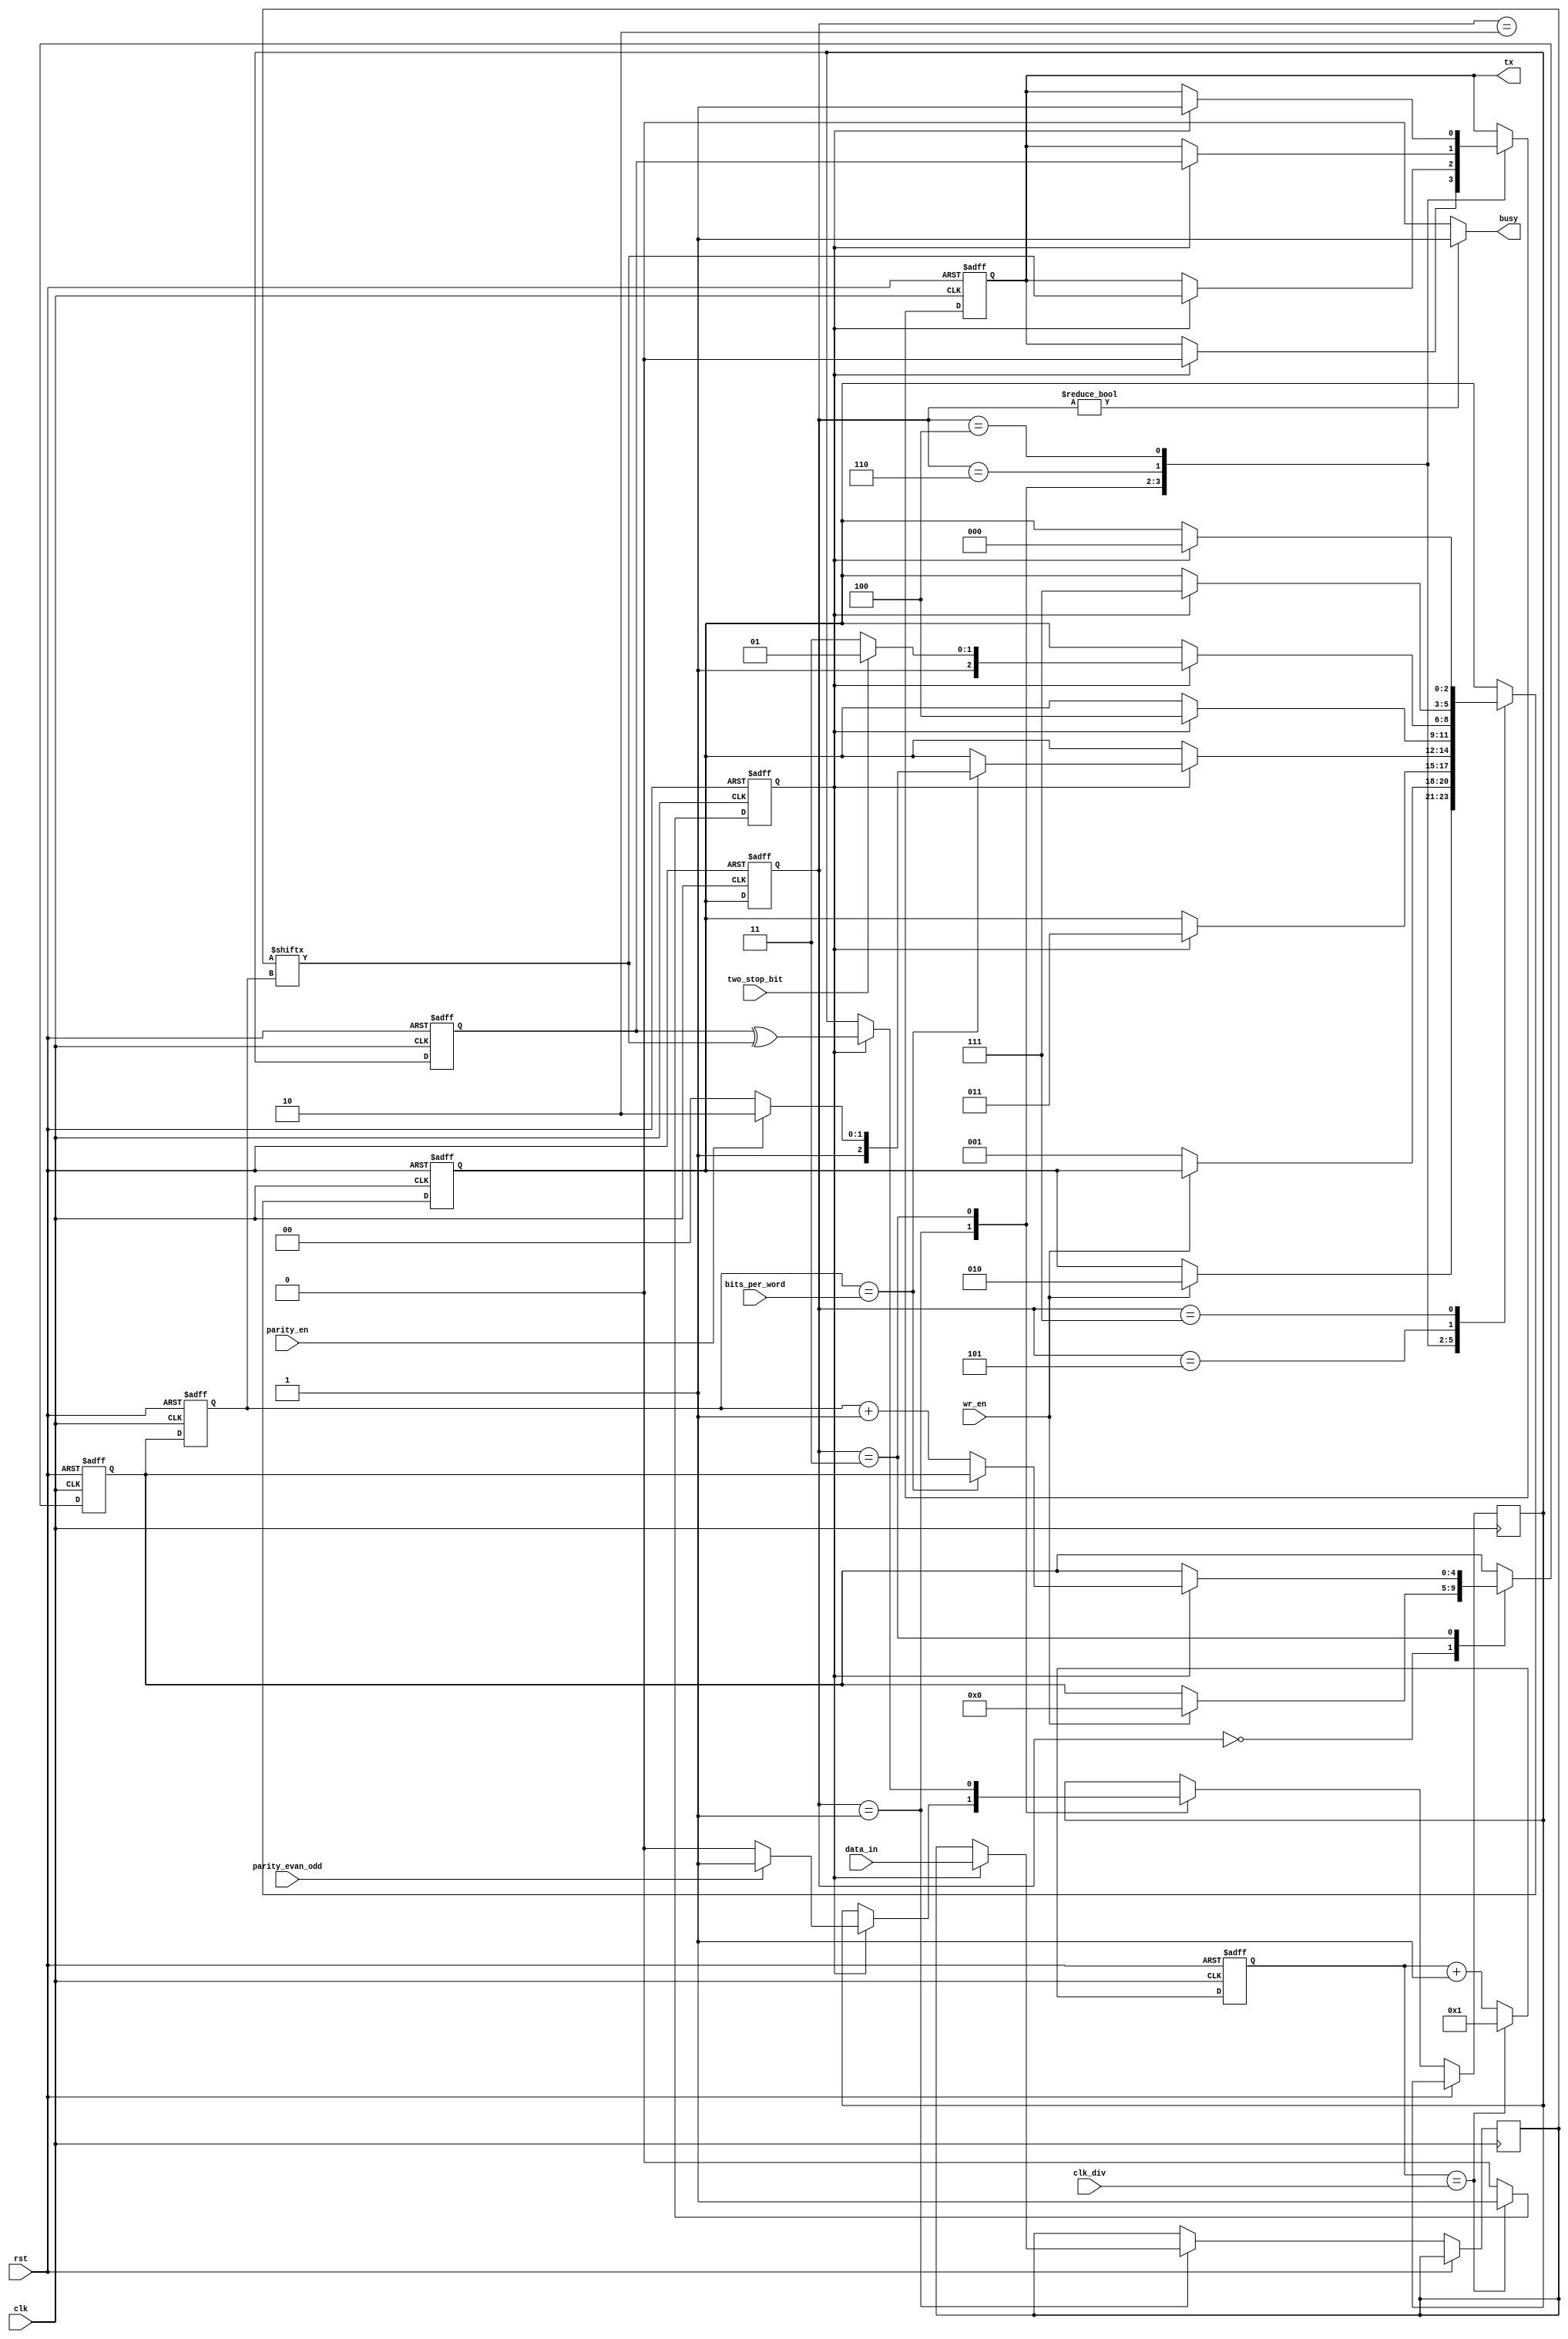
module uart_tx (input    [15:0]   data_in,
                input    [15:0]   clk_div,
                input             wr_en,
                input             clk,
                output            tx,
                output            busy,
                input     [4:0]   bits_per_word,
                input             rst,
                input             parity_en,
                input             parity_evan_odd,
                input             two_stop_bit);

localparam IDLE      = 3'b000;
localparam START     = 3'b001;
localparam VER_START = 3'b010;
localparam DATA      = 3'b011;
localparam STOP      = 3'b100;
localparam STOP2     = 3'b101;
localparam PARITY    = 3'b110;
localparam END       = 3'b111;

reg [15:0] data;
reg [4:0]  bit_pos;
reg [2:0]  state;
reg        tx = 1'b1;
reg        new_data;
reg [15:0] counter;
reg        clken;
reg [2:0]  stop_counter;
reg        parity_bit;

reg [2:0]  next_state;
reg        next_parity_bit;
reg [4:0]  next_bit_pos;

assign busy = (state != IDLE) ? 1'b1 : 1'b0;

always @(posedge clk or posedge rst)
begin
    if (rst) begin
        clken <= 0;
        counter <= 0;
    end else begin
       if (counter == clk_div) begin
           clken <= 1'b1;
           counter <= 1;
       end else begin
           clken <= 1'b0;
           counter <= counter + 1;
       end
    end
end

always @(posedge clk or posedge rst) begin
    if (rst) begin
        next_state <= IDLE;
        next_bit_pos <= 5'b00000;
        tx <= 1'b1;
    end else begin
        case (state)
            IDLE: begin
                if (wr_en) begin
                    next_state <= VER_START;
                    next_bit_pos <= 5'h0;
                end
            end

            VER_START: begin
                if (wr_en == 1'b0) begin
                    next_state <= START;
                end
            end

            START: begin
                if (clken) begin
                    data <= data_in;
                    tx <= 1'b0;
                    next_state <= DATA;
                    if (parity_evan_odd)
                        next_parity_bit <= 1'b1;
                    else
                        next_parity_bit <= 1'b0;
                end
            end

            DATA: begin
                if (clken) begin
                    if (bit_pos == bits_per_word)
                        if (parity_en)
                            next_state <= PARITY;
                        else
                            next_state <= STOP;
                    else
                        next_bit_pos <= bit_pos + 3'h1;
                    next_parity_bit <= parity_bit ^ data[bit_pos];
                    tx <= data[bit_pos];
                end
            end

            PARITY: begin
                if (clken) begin
                    tx <= parity_bit;
                    next_state <= STOP;
                end
            end

            STOP: begin
                if (clken) begin
                    tx <= 1'b1;

                    if (two_stop_bit)
                        next_state <= STOP2;
                    else
                        next_state <= END;
                end
            end

            STOP2: begin
                if (clken)
                    next_state <= END;
            end

            END: begin
                if (clken)
                    next_state <= IDLE;
            end

            default: begin
                tx <= 1'b1;
                next_state <= IDLE;
            end
        endcase
    end
end

always @ (posedge clk or posedge rst)
begin
    if (rst) begin
        bit_pos <= 3'b000;
        state <= IDLE;
        parity_bit <= 0;
    end else begin
        bit_pos <= next_bit_pos;
        state <= next_state;
        parity_bit <= next_parity_bit;
    end
end

endmodule